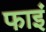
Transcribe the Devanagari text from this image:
फाइं